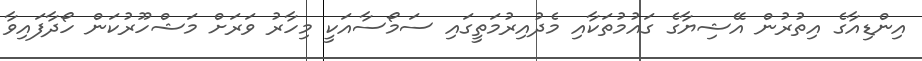
އިންޑިއާގެ އިތުރުން އޭޝިޔާގެ ގައުމުތަކާއި މެދުއިރުމަތީގައި ސަމޯސާއަކީ މިހާރު ވަރަށް މަޝްހޫރުކަން ހޯދާފައިވާ